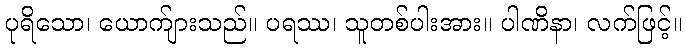
ပုရိသော၊ ယောက်ျားသည်။ ပရဿ၊ သူတစ်ပါးအား။ ပါဏိနာ၊ လက်ဖြင့်။